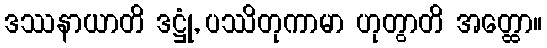
ဒဿနာယာတိ ဒဋ္ဌုံ, ပဿိတုကာမာ ဟုတွာတိ အတ္ထော။